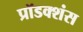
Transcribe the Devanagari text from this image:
प्रॉडक्शंस